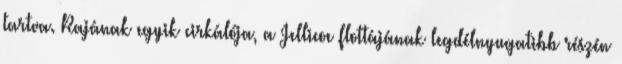
tartva. Rajának egyik cirkálója, a Jellicoe flottájának legdélnyugatibb részén